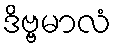
ဒိဗ္ဗမာလံ